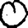
Digit: 0